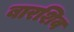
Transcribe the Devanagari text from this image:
बारशिव